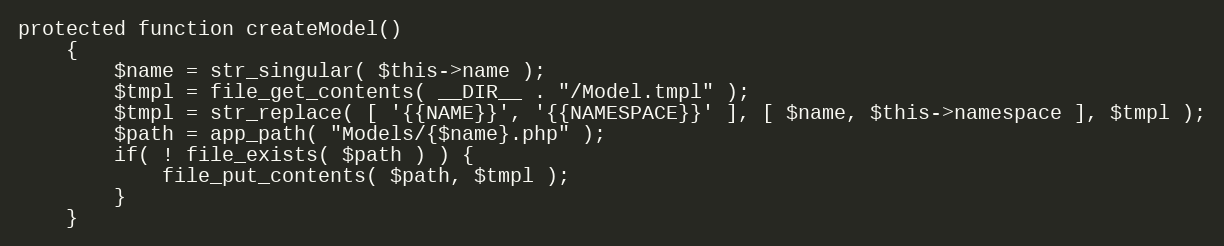
Language: PHP
protected function createModel()
	{
		$name = str_singular( $this->name );
		$tmpl = file_get_contents( __DIR__ . "/Model.tmpl" );
		$tmpl = str_replace( [ '{{NAME}}', '{{NAMESPACE}}' ], [ $name, $this->namespace ], $tmpl );
		$path = app_path( "Models/{$name}.php" );
		if( ! file_exists( $path ) ) {
			file_put_contents( $path, $tmpl );
		}
	}